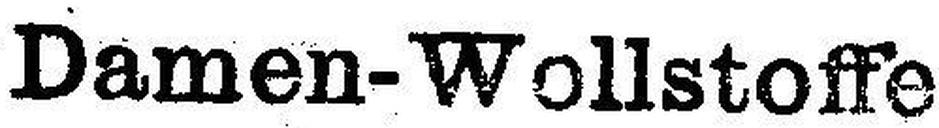
Damen-Wollstoffe